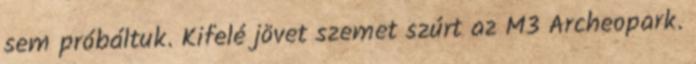
sem próbáltuk. Kifelé jövet szemet szúrt az M3 Archeopark.